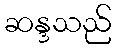
ဆန္ဒသည်